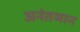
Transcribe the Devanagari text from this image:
अनंतञान